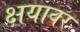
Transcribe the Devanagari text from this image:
क्षयावर